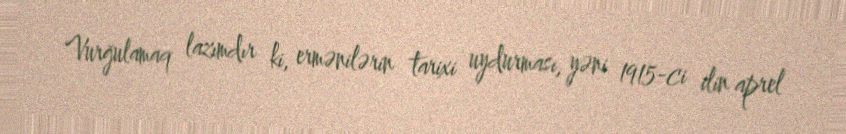
Vurğulamaq lazımdır ki, ermənilərin tarixi uydurması, yəni 1915-ci ilin aprel